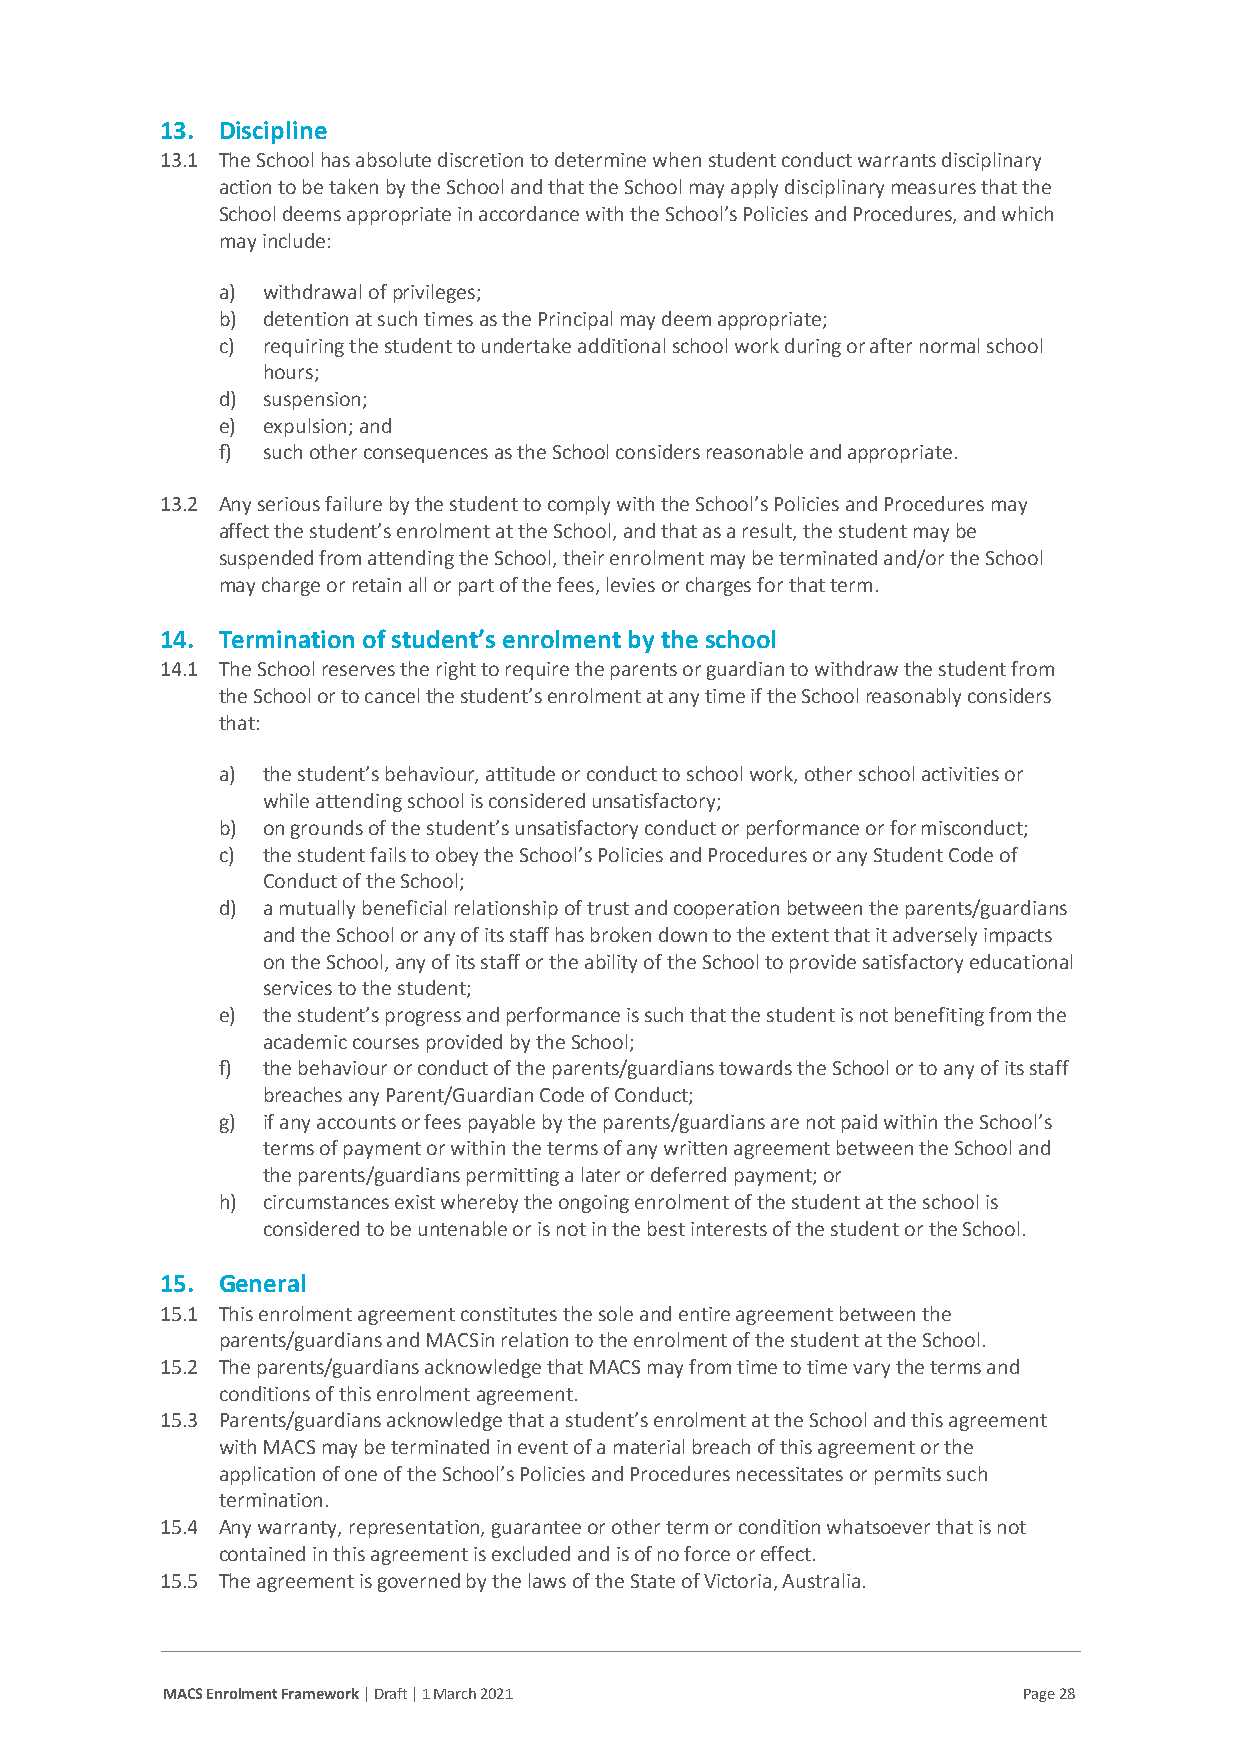
13. Discipline
 13.1 The School has absolute discretion to determine when student conduct warrants disciplinary
 action to be taken by the School and that the School may apply disciplinary measures that the
 School deems appropriate in accordance with the School’s Policies and Procedures, and which
 may include:
 a) withdrawal of privileges;
 b) detention at such times as the Principal may deem appropriate;
 c) requiring the student to undertake additional school work during or after normal school
 hours;
 d) suspension;
 e) expulsion; and
 f) such other consequences as the School considers reasonable and appropriate.
 13.2 Any serious failure by the student to comply with the School’s Policies and Procedures may
 affect the student’s enrolment at the School, and that as a result, the student may be
 suspended from attending the School, their enrolment may be terminated and/or the School
 may charge or retain all or part of the fees, levies or charges for that term.
 14. Termination of student’s enrolment by the school
 14.1 The School reserves the right to require the parents or guardian to withdraw the student from
 the School or to cancel the student’s enrolment at any time if the School reasonably considers
 that:
 a) the student’s behaviour, attitude or conduct to school work, other school activities or
 while attending school is considered unsatisfactory;
 b) on grounds of the student’s unsatisfactory conduct or performance or for misconduct;
 c) the student fails to obey the School’s Policies and Procedures or any Student Code of
 Conduct of the School;
 d) a mutually beneficial relationship of trust and cooperation between the parents/guardians
 and the School or any of its staff has broken down to the extent that it adversely impacts
 on the School, any of its staff or the ability of the School to provide satisfactory educational
 services to the student;
 e) the student’s progress and performance is such that the student is not benefiting from the
 academic courses provided by the School;
 f) the behaviour or conduct of the parents/guardians towards the School or to any of its staff
 breaches any Parent/Guardian Code of Conduct;
 g) if any accounts or fees payable by the parents/guardians are not paid within the School’s
 terms of payment or within the terms of any written agreement between the School and
 the parents/guardians permitting a later or deferred payment; or
 h) circumstances exist whereby the ongoing enrolment of the student at the school is
 considered to be untenable or is not in the best interests of the student or the School.
 15. General
 15.1 This enrolment agreement constitutes the sole and entire agreement between the
 parents/guardians and MACS in relation to the enrolment of the student at the School.
 15.2 The parents/guardians acknowledge that MACS may from time to time vary the terms and
 conditions of this enrolment agreement.
 15.3 Parents/guardians acknowledge that a student’s enrolment at the School and this agreement
 with MACS may be terminated in event of a material breach of this agreement or the
 application of one of the School’s Policies and Procedures necessitates or permits such
 termination.
 15.4 Any warranty, representation, guarantee or other term or condition whatsoever that is not
 contained in this agreement is excluded and is of no force or effect.
 15.5 The agreement is governed by the laws of the State of Victoria, Australia.
 MACS Enrolment Framework | Draft | 1 March 2021          Page 28